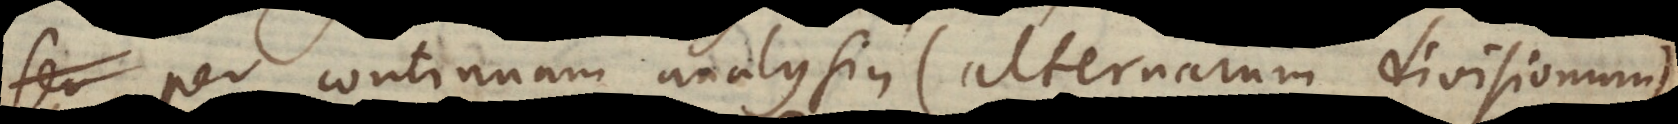
per continuam analysin (alternarum divisionum),